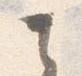
之